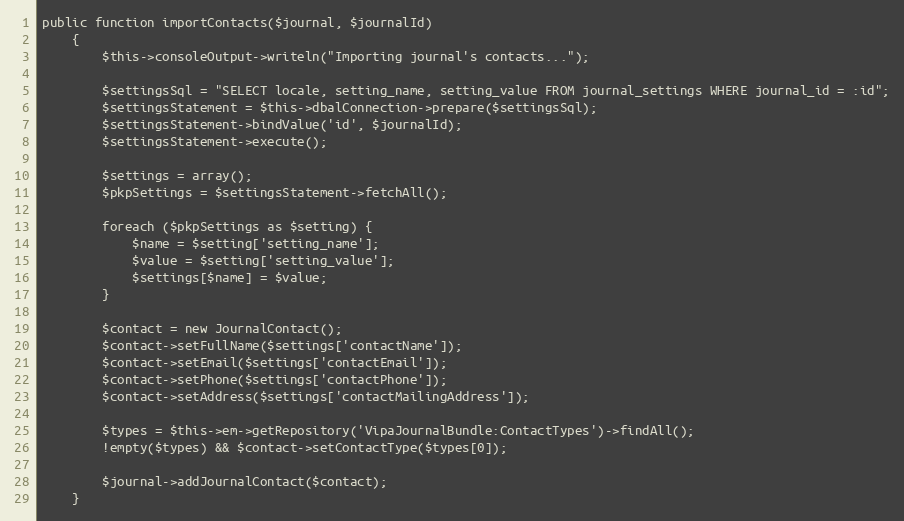
Language: PHP
public function importContacts($journal, $journalId)
    {
        $this->consoleOutput->writeln("Importing journal's contacts...");

        $settingsSql = "SELECT locale, setting_name, setting_value FROM journal_settings WHERE journal_id = :id";
        $settingsStatement = $this->dbalConnection->prepare($settingsSql);
        $settingsStatement->bindValue('id', $journalId);
        $settingsStatement->execute();

        $settings = array();
        $pkpSettings = $settingsStatement->fetchAll();

        foreach ($pkpSettings as $setting) {
            $name = $setting['setting_name'];
            $value = $setting['setting_value'];
            $settings[$name] = $value;
        }

        $contact = new JournalContact();
        $contact->setFullName($settings['contactName']);
        $contact->setEmail($settings['contactEmail']);
        $contact->setPhone($settings['contactPhone']);
        $contact->setAddress($settings['contactMailingAddress']);

        $types = $this->em->getRepository('VipaJournalBundle:ContactTypes')->findAll();
        !empty($types) && $contact->setContactType($types[0]);

        $journal->addJournalContact($contact);
    }